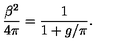
\frac { \beta ^ { 2 } } { 4 \pi } = \frac { 1 } { 1 + g / \pi } .